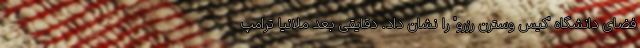
فضای دانشگاه "کیس وسترن رزرو" را نشان داد. دقایقی بعد ملانیا ترامپ